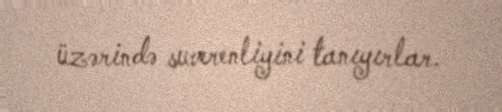
üzərində suverenliyini tanıyırlar.